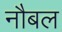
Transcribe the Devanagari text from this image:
नौबल